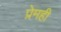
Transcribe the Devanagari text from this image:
प्रेमही